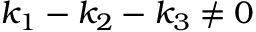
k _ { 1 } - k _ { 2 } - k _ { 3 } \neq 0